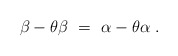
\begin{align*} \beta - \theta\beta~=~\alpha - \theta\alpha~.\end{align*}